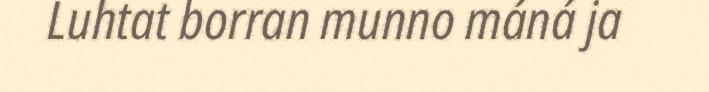
Luhtat borran munno máná ja